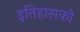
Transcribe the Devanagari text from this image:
इतिहासको